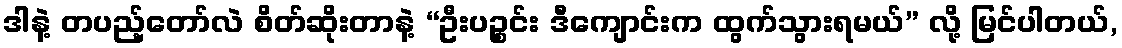
ဒါနဲ့ တပည့်တော်လဲ စိတ်ဆိုးတာနဲ့ “ဦးပဉ္စင်း ဒီကျောင်းက ထွက်သွားရမယ်” လို့ မြင်ပါတယ်,